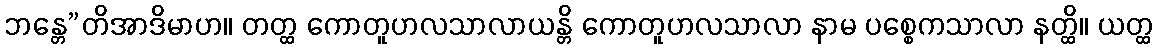
ဘန္တေ”တိအာဒိမာဟ။ တတ္ထ ကောတူဟလသာလာယန္တိ ကောတူဟလသာလာ နာမ ပစ္စေကသာလာ နတ္ထိ။ ယတ္ထ